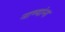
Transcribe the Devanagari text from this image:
नाण्यांना